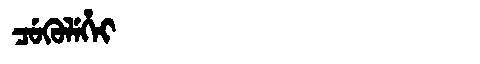
Manchu: ᠴᡠᡴᡠᠯᡝᡥᡝᡳ
Romanization: CUKULEHEI